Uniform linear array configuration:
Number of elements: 16
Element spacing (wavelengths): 1
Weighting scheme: binomial
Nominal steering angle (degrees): -30
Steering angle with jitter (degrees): -29.742
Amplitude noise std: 0.05
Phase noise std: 0.05

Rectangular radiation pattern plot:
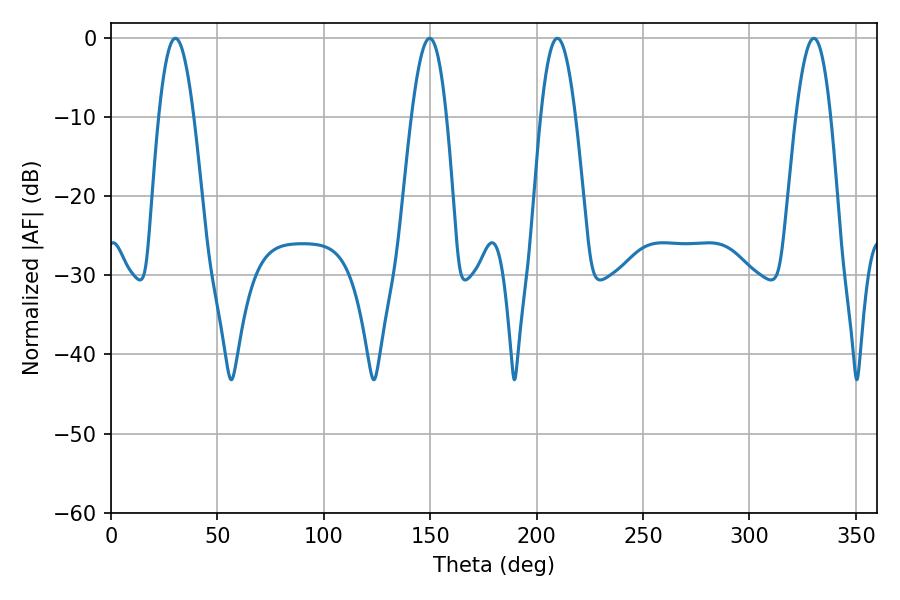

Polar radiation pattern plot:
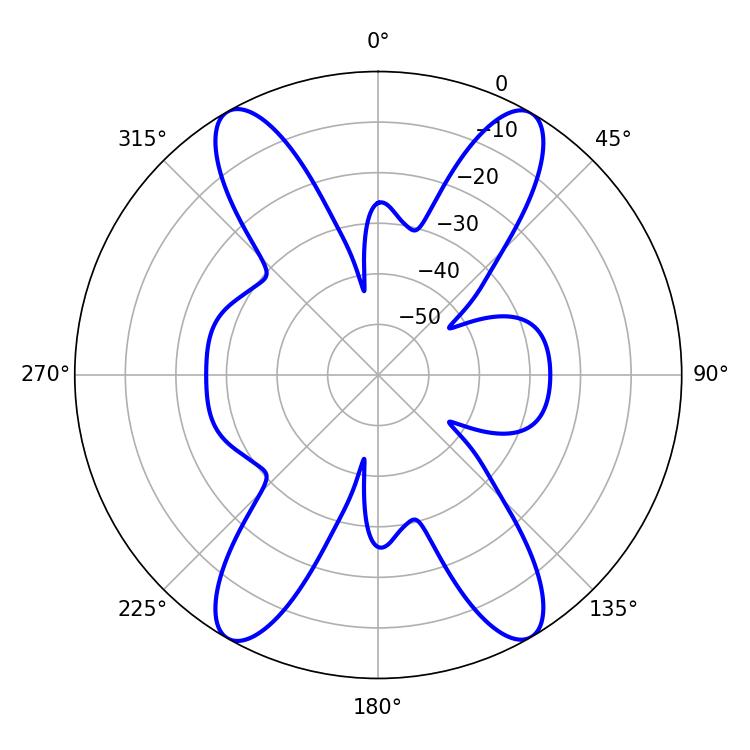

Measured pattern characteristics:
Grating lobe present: TRUE
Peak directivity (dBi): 28.241
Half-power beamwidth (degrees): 8.82
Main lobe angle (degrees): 30.24